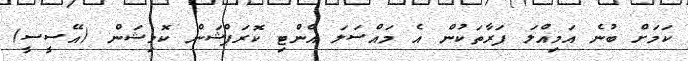
ކަމަށް ބުނެ އަމިއްލަ ފަރާތަކުން އެ މައްސަލަ އެންޓި ކޮރަޕްޝަން ކޮމިޝަން (އޭސީސީ)